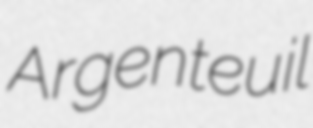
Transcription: Argenteuil